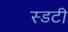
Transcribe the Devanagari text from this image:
स्डटी